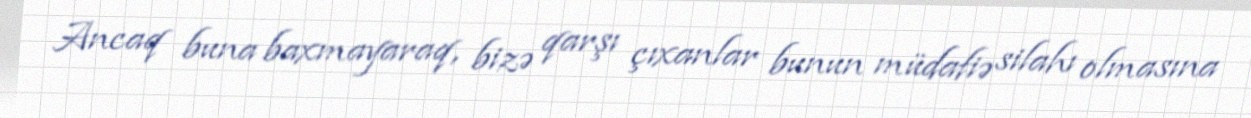
Ancaq buna baxmayaraq, bizə qarşı çıxanlar bunun müdafiə silahı olmasına